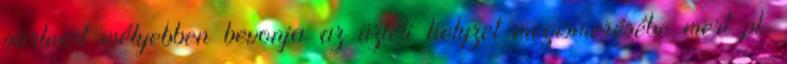
partnert mélyebben bevonja az üzleti helyzet megismerésébe mert pl.